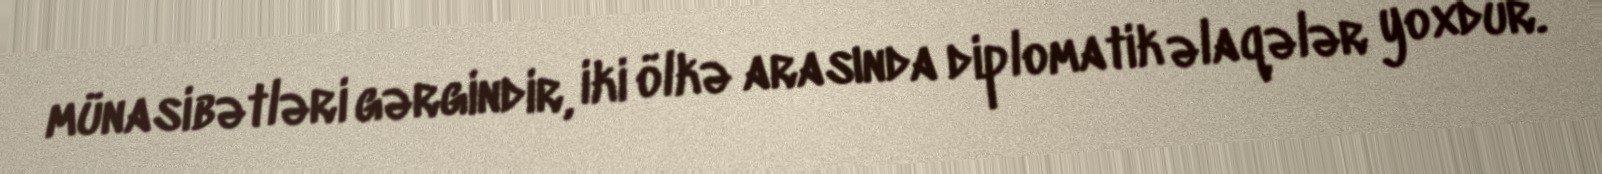
münasibətləri gərgindir, iki ölkə arasında diplomatik əlaqələr yoxdur.